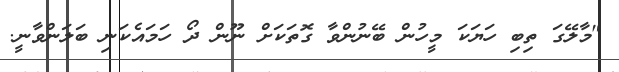
"މާލޭގަ ތިބި ހަޔަކަ މީހުން ބޭނުންވާ ގޮތަކަށް ނޫން ދޯ ހަމައެކަނި ބަލަންވާނީ.